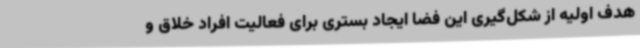
هدف اولیه از شکل‌گیری این فضا ایجاد بستری برای فعالیت افراد خلاق و